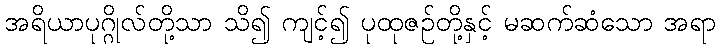
အရိယာပုဂ္ဂိုလ်တို့သာ သိ၍ ကျင့်၍ ပုထုဇဉ်တို့နှင့် မဆက်ဆံသော အရာ